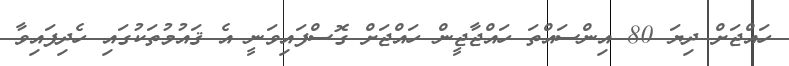
ހައްޖަށް ދިޔަ 80 އިންސައްތަ ހައްޖާޖީން ހައްޖަށް ގޮސްފައިވަނީ އެ ޤައުމުތަކުގައި ހެދިފައިވާ